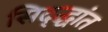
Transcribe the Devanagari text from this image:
सिद्द्धांत